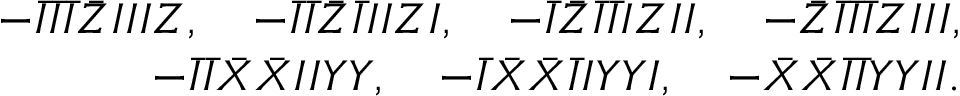
\begin{array} { r l r } & { } & { - \bar { I } \bar { I } \bar { I } \bar { Z } I I I Z , \quad - \bar { I } \bar { I } \bar { Z } \bar { I } I I Z I , \quad - \bar { I } \bar { Z } \bar { I } \bar { I } I Z I I , \quad - \bar { Z } \bar { I } \bar { I } \bar { I } Z I I I , } \\ & { } & { - \bar { I } \bar { I } \bar { X } \bar { X } I I Y Y , \quad - \bar { I } \bar { X } \bar { X } \bar { I } I Y Y I , \quad - \bar { X } \bar { X } \bar { I } \bar { I } Y Y I I . } \end{array}